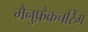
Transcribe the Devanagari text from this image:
मैनुफ़ैकचरिंग